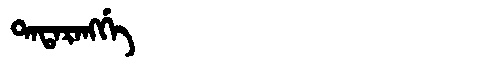
Manchu: ᡨᠠᡨᠠᡵᠠᠩᡤᡝ
Romanization: TATARANGGE